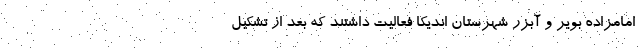
امامزاده بویر و آبزر شهرستان اندیکا فعالیت داشتند که بعد از تشکیل